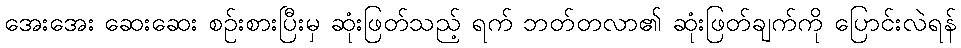
အေးအေး ဆေးဆေး စဉ်းစားပြီးမှ ဆုံးဖြတ်သည့် ရက် ဘတ်တလာ၏ ဆုံးဖြတ်ချက်ကို ပြောင်းလဲရန်